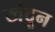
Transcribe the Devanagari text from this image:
खंदून